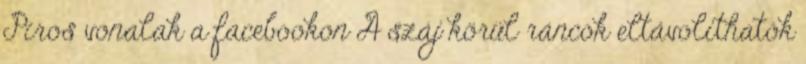
Piros vonalak a facebookon A száj körül ráncok eltávolíthatók